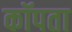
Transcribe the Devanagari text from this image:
कॉपता